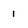
Character: 1